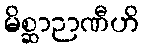
မိစ္ဆာဉာဏီဟိ